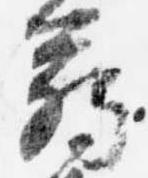
臈